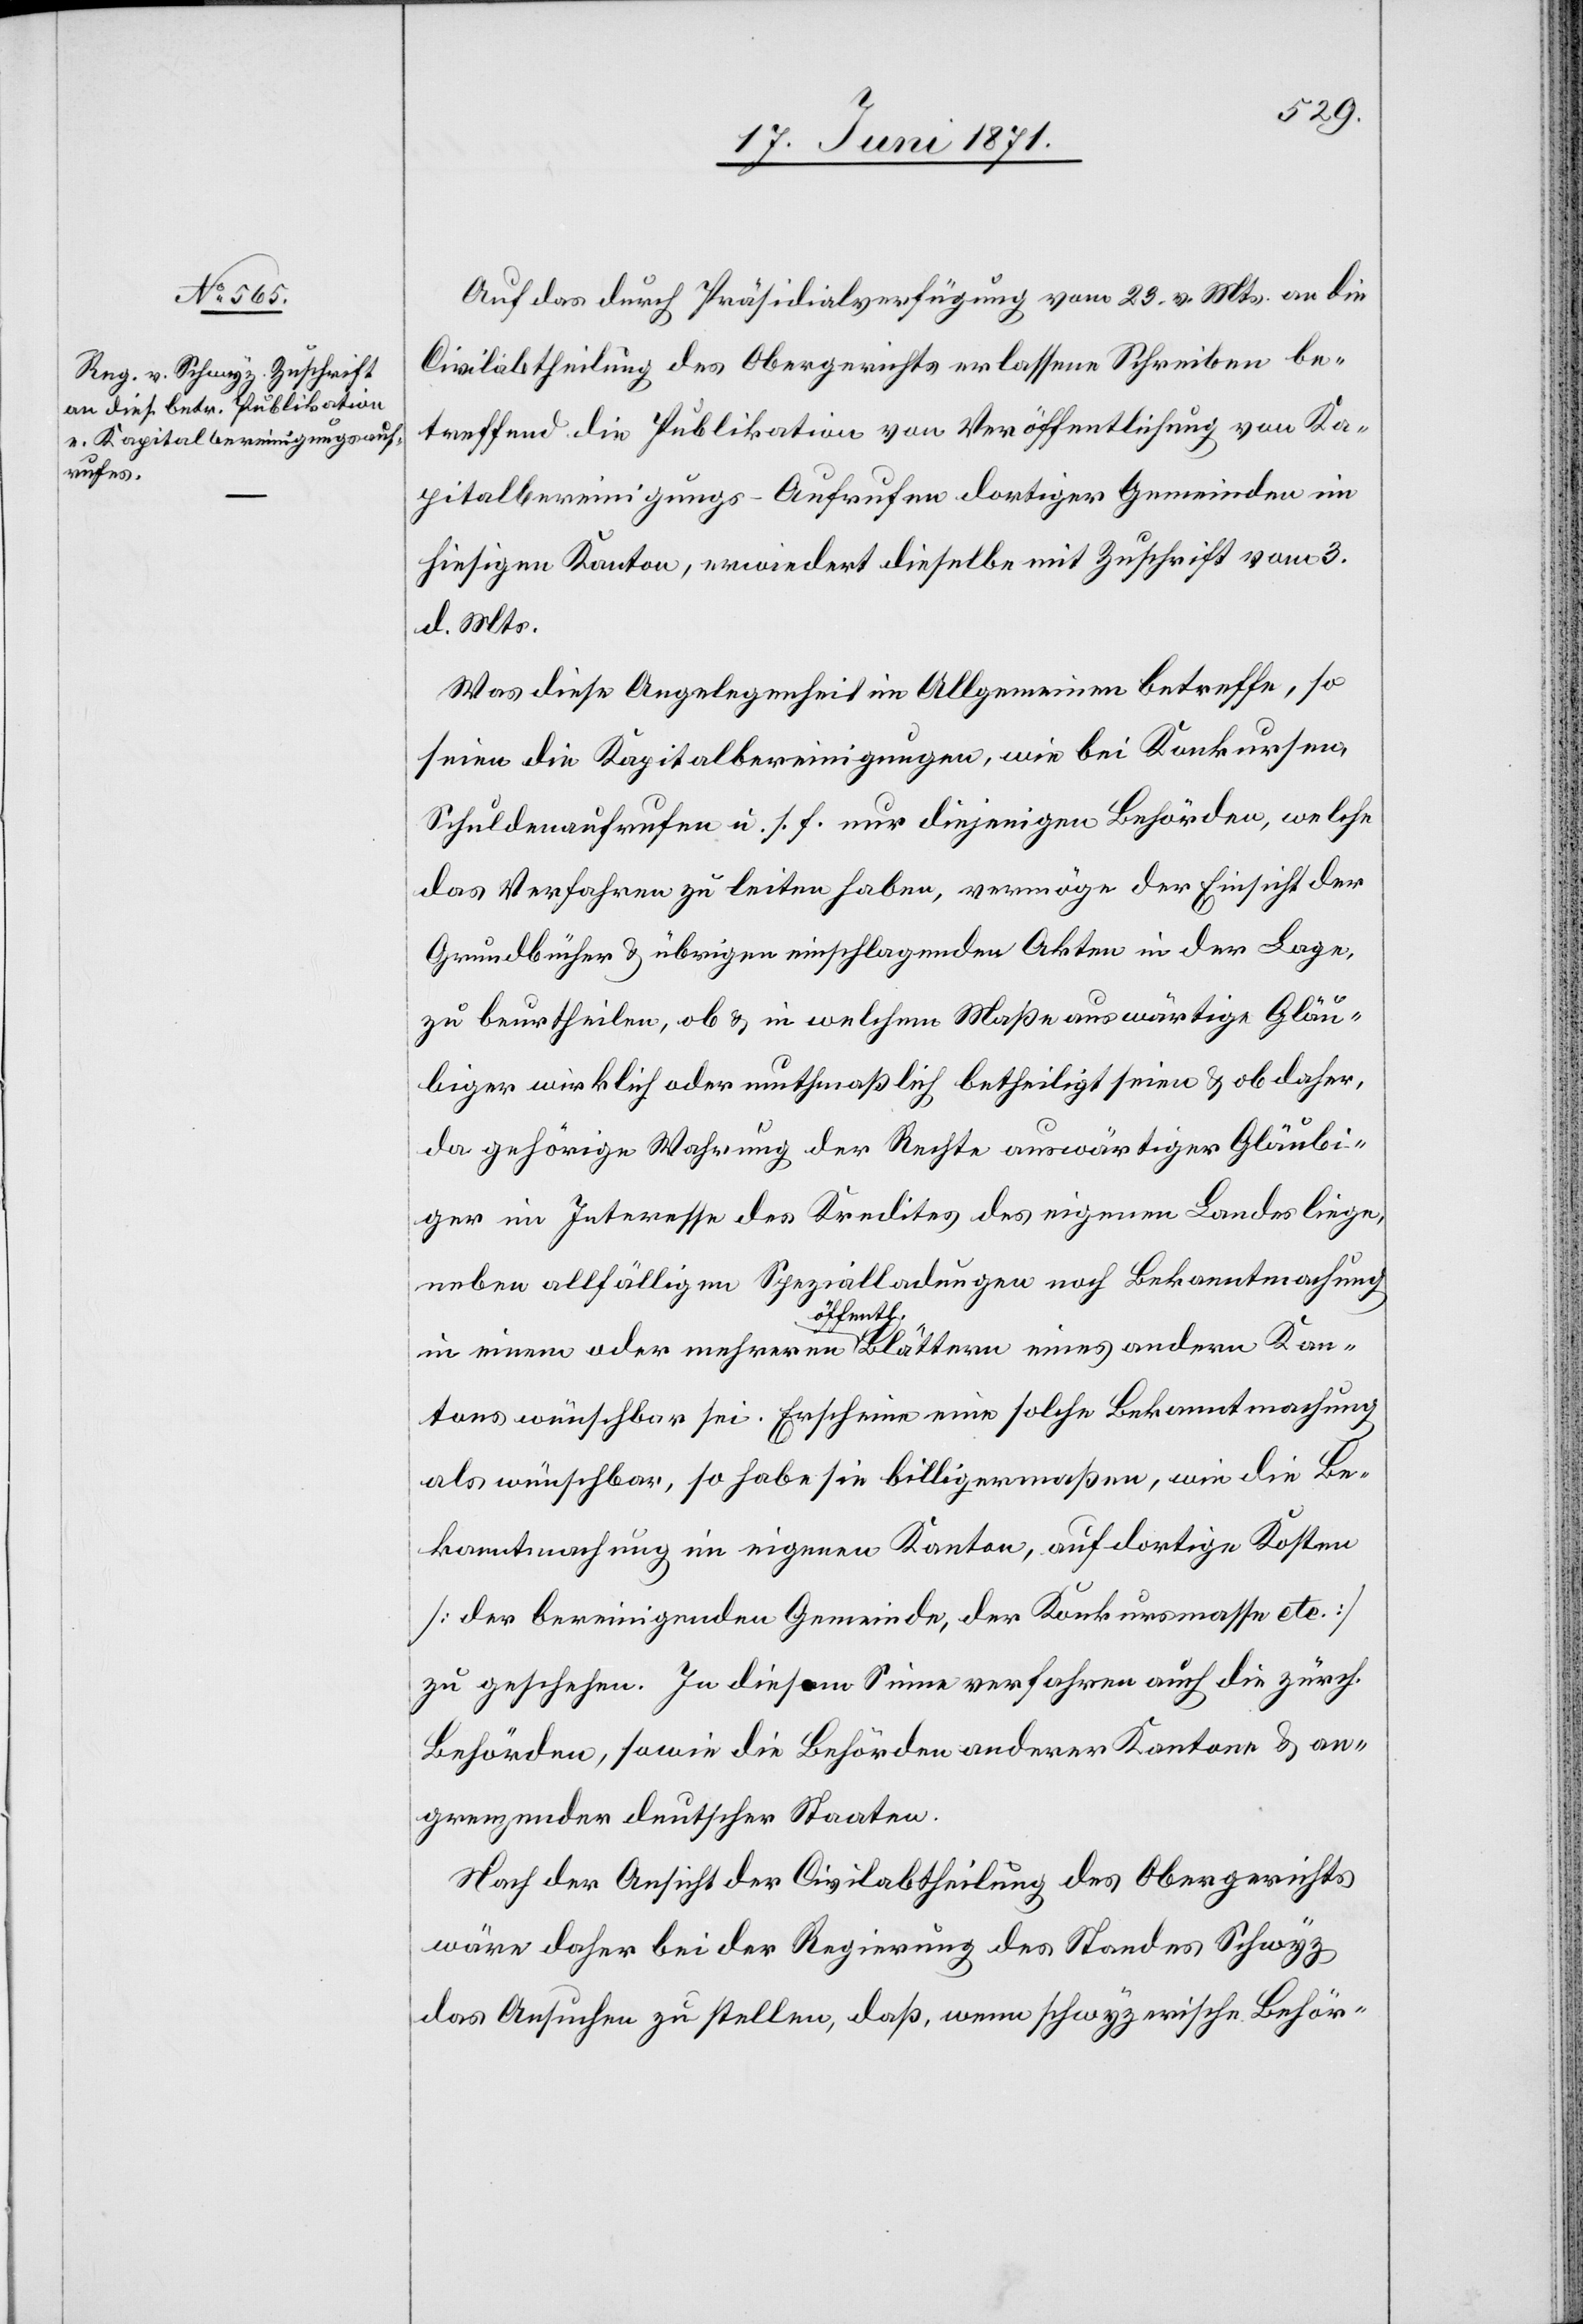
Auf das durch Präsidialverfügung vom 23. v. Mts. an die
Civilabtheilung des Obergerichts erlassene Schreiben be¬
treffend die Publikation von Veröffentlichung von Ka¬
pitalbereinigungs-Aufrufen dortiger Gemeinden im
hiesigen Kanton, erwiedert dieselbe mit Zuschrift vom 3.
d. Mts.
Was diese Angelegenheit im Allgemeinen betreffe, so
seien die Kapitalbereinigungen, wie bei Konkursen,
Schuldenaufrufen u. s. w. nur diejenigen Behörden, welche
das Verfahren zu leiten haben, vermöge der Einsicht der
Grundbücher u. übrigen einschlagenden Akten in der Lage,
zu beurtheilen, ob u. in welchem Maße auswärtige Gläu¬
biger wirklich oder muthmaßlich betheiligt seien u. ob daher,
da gehörige Wahrung der Rechte auswärtiger Gläubi¬
ger im Interesse des Kredites des eigenen Landes liege,
neben allfälligen Spezialladungen nach Bekanntmachung
in einem oder mehreren öffentl. Blättern eines andern Kan¬
tons wünschbar sei. Erscheine eine solche Bekanntmachung
als wünschbar, so habe sie billigermaßen, wie die Be¬
kanntmachung im eigenen Kanton, auf dortige Kosten
[der bereinigenden Gemeinde, der Konkursmasse etc.]
zu geschehen. In diesem Sinne verfahren auch die zürch.
Behörden, sowie die Behörden anderer Kantone u. an¬
grenzender deutscher Staaten.
Nach der Ansicht der Civilabtheilung des Obergerichts
wäre daher bei der Regierung des Standes Schwyz
das Ansuchen zu stellen, daß, wenn schwyzerische Behör-